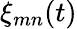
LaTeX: \xi_{mn}(t)